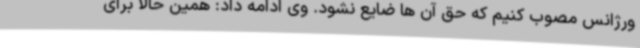
ورژانس مصوب کنیم که حق آن ها ضایع نشود. وی ادامه داد: همین حالا برای